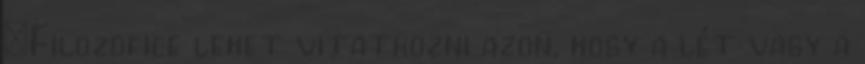
„Filozofice lehet vitatkozni azon, hogy a lét vagy a